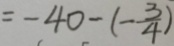
= - 4 0 - ( - \frac { 3 } { 4 } )